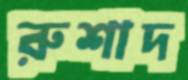
রুশাদ